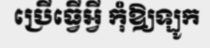
ប្រើធ្វើអ្វី កុំឱ្យឡូក